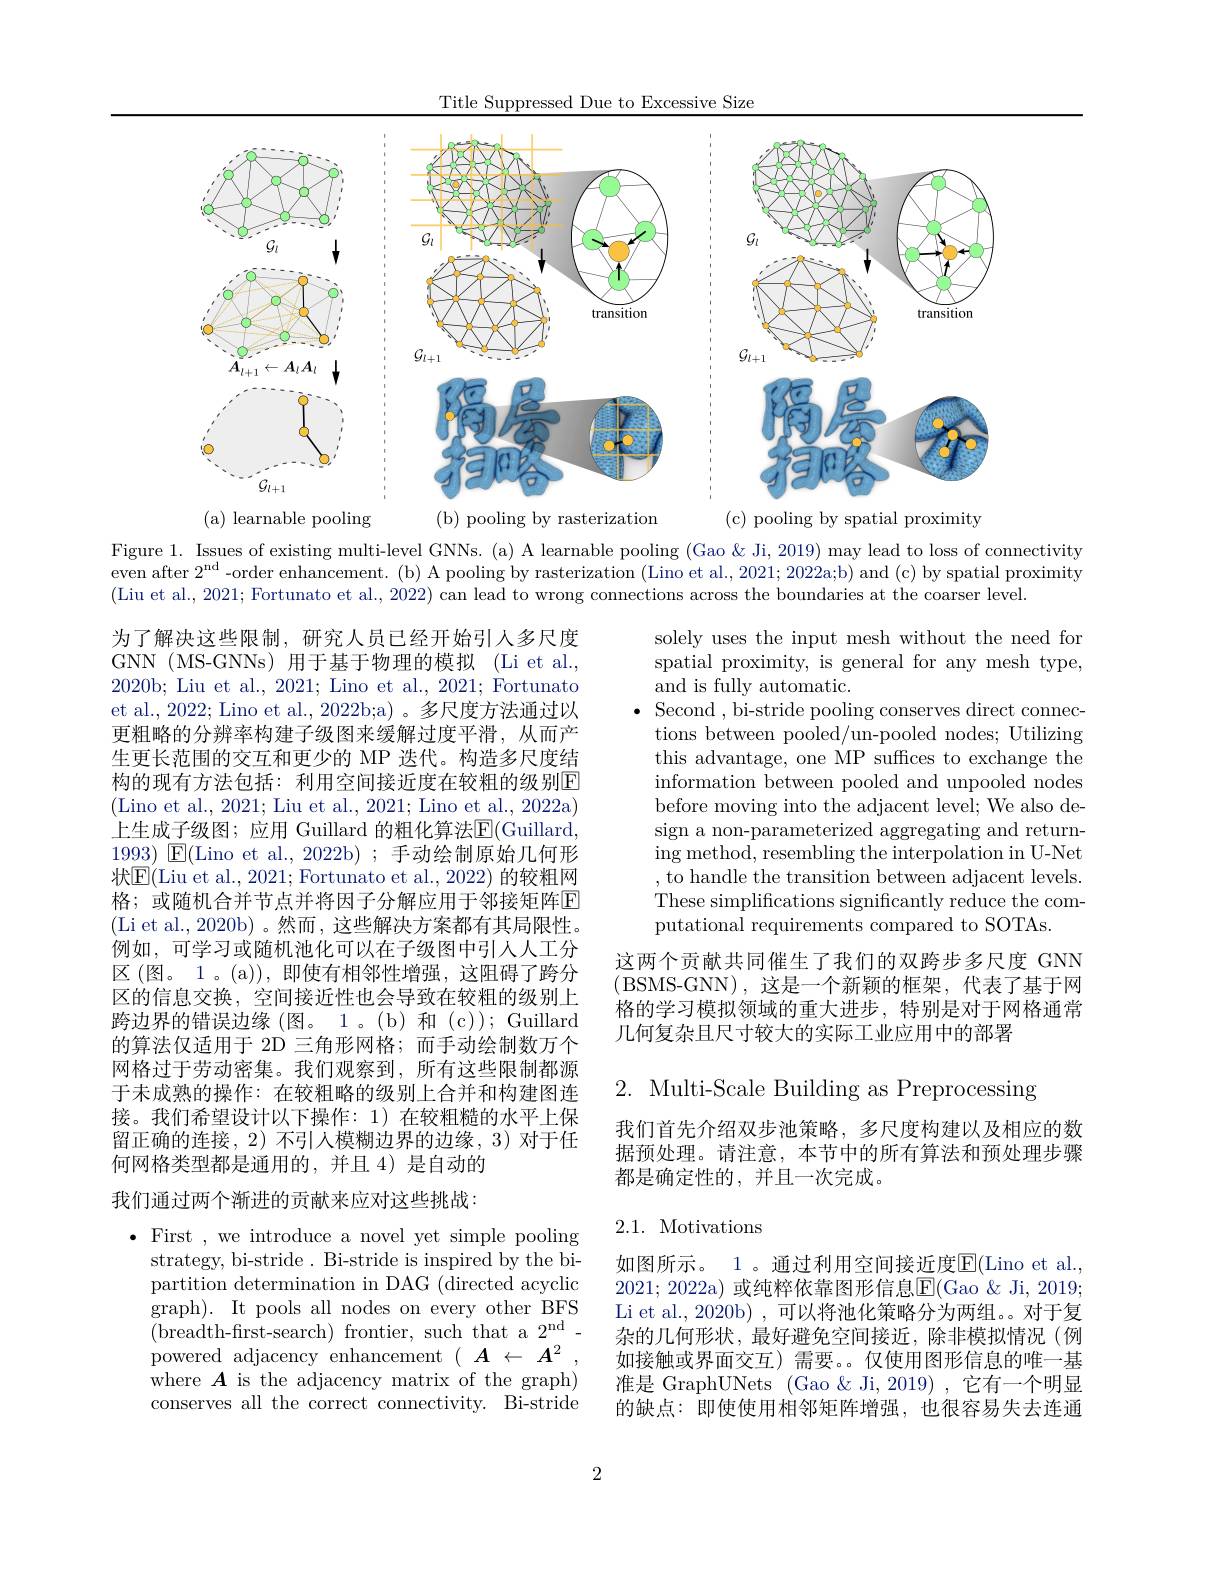
Title Suppressed Due to Excessive Size

<FigureHere>

(a) learnable pooling

Figure 1. Issues of existing multi-level GNNs. (a) A learnable pooling (Gao &Ji, 2019) may lead to loss of connectivity even after $2^\mathrm{nd}$ -order enhancement. (b) A pooling by rasterization (Lino et al., 2021; 2022a;b) and (c) by spatial proximity (Liu et al., 2021; Fortunato et al., 2022) can lead to wrong connections across the boundaries at the coarser level.

solely uses the input mesh without the need for spatial proximity, is general for any mesh type, and is fully automatic.
Second , bi-stride pooling conserves direct connections between pooled/un-pooled nodes; Utilizing this advantage, one MP suffices to exchange the information between pooled and unpooled nodes before moving into the adjacent level; We also design a non-parameterized aggregating and returning method, resembling the interpolation in U-Net , to handle the transition between adjacent levels. These simplifications significantly reduce the computational requirements compared to SOTAs.

为了解决这些限制，研究人员已经开始引人多尺度GNN (MS-GNNs) 用于基于物理的模拟 (Li et al., 2020b; Liu et al., 2021; Lino et al., 2021; Fortunato et al., 2022; Lino et al., 2022b;a) 。多尺度方法通过以更粗略的分辨率构建子级图来缓解过度平滑，从而产生更长范围的交互和更少的 MP 迭代。构造多尺度结构的现有方法包括：利用空间接近度在较粗的级别$\overline{\mathrm{E}}$ (Lino et al., 2021; Liu et al., 2021; Lino et al., 2022a) 上生成子级图；应用 Guillard 的粗化算法$\mathbb{E}($Guillard, $$19\underline{93})$ E(Lino et al., 2022b) ; 手动绘制原始几何形$ 状$\boxed{\mathrm{F}}($Liu et al., 2021; Fortunato et al., 2022) 的较粗网格；或随机合并节点并将因子分解应用于邻接矩阵$\mathbb{E}$ (Li et al., 2020b)。然而，这些解决方案都有其局限性。例如，可学习或随机池化可以在子级图中引人人工分区(图。1。(a)),即使有相邻性增强，这阻碍了跨分区的信息交换，空间接近性也会导致在较粗的级别上跨边界的错误边缘(图。1。(b) 和 (c)); Guillard 的算法仅适用于 2D 三角形网格；而手动绘制数万个网格过于劳动密集。我们观察到，所有这些限制都源于未成熟的操作：在较粗略的级别上合并和构建图连接。我们希望设计以下操作：1)在较粗糙的水平上保留正确的连接，2)不引入模糊边界的边缘，3)对于任何网格类型都是通用的，并且 4)是自动的

这两个贡献共同催生了我们的双跨步多尺度 GNN (BSMS-GNN),这是一个新颖的框架，代表了基于网格的学习模拟领域的重大进步，特别是对于网格通常几何复杂且尺寸较大的实际工业应用中的部署

2. Multi-Scale Building as Preprocessing

我们首先介绍双步池策略，多尺度构建以及相应的数据预处理。请注意，本节中的所有算法和预处理步骤都是确定性的，并且一次完成。

我们通过两个渐进的贡献来应对这些挑战：

2.1. Motivations

· First , we introduce a novel yet simple pooling
strategy, bi-stride. Bi-stride is inspired by the bipartition determination in DAG (directed acyclic graph). It pools all nodes on every other BFS $(\bar{\text{breadth-first-search) frontier, such that a 2}^{\mathrm{nd}}}-$ powered adjacency enhancement $(\begin{array}{cc}A&\leftarrow&A^2\end{array}$ where $\boldsymbol A$ is the adjacency matrix of the graph) conserves all the correct connectivity. Bi-stride

如图所示。1 。通过利用空间接近度E(Lino et al. 2021; 2022a) 或纯粹依靠图形信息$\overline{\mathrm{E}}($Gao $\&$ Ji, 2019; Li et al., 2020b) , 可以将池化策略分为两组。。对于复杂的几何形状，最好避免空间接近，除非模拟情况(例如接触或界面交互)需要。仅使用图形信息的唯一基准是 GraphUNets (Gao&&Ji,2019) ,它有一个明显的缺点：即使使用相邻矩阵增强，也很容易失去连通

2